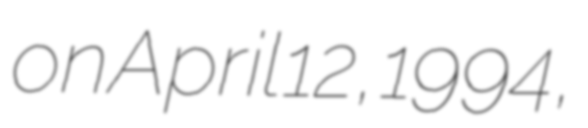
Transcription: on April 12, 1994,